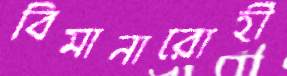
বিমানারোহী